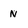
Character: N